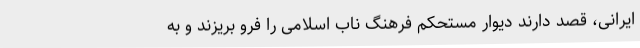
ایرانی، قصد دارند دیوار مستحکم فرهنگ ناب اسلامی را فرو بریزند و به